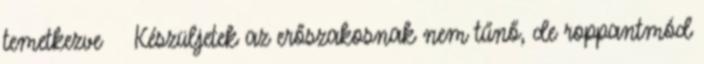
temetkezve Készüljetek az erőszakosnak nem tűnő, de roppantmód